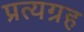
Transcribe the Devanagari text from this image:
प्रत्यग्रह